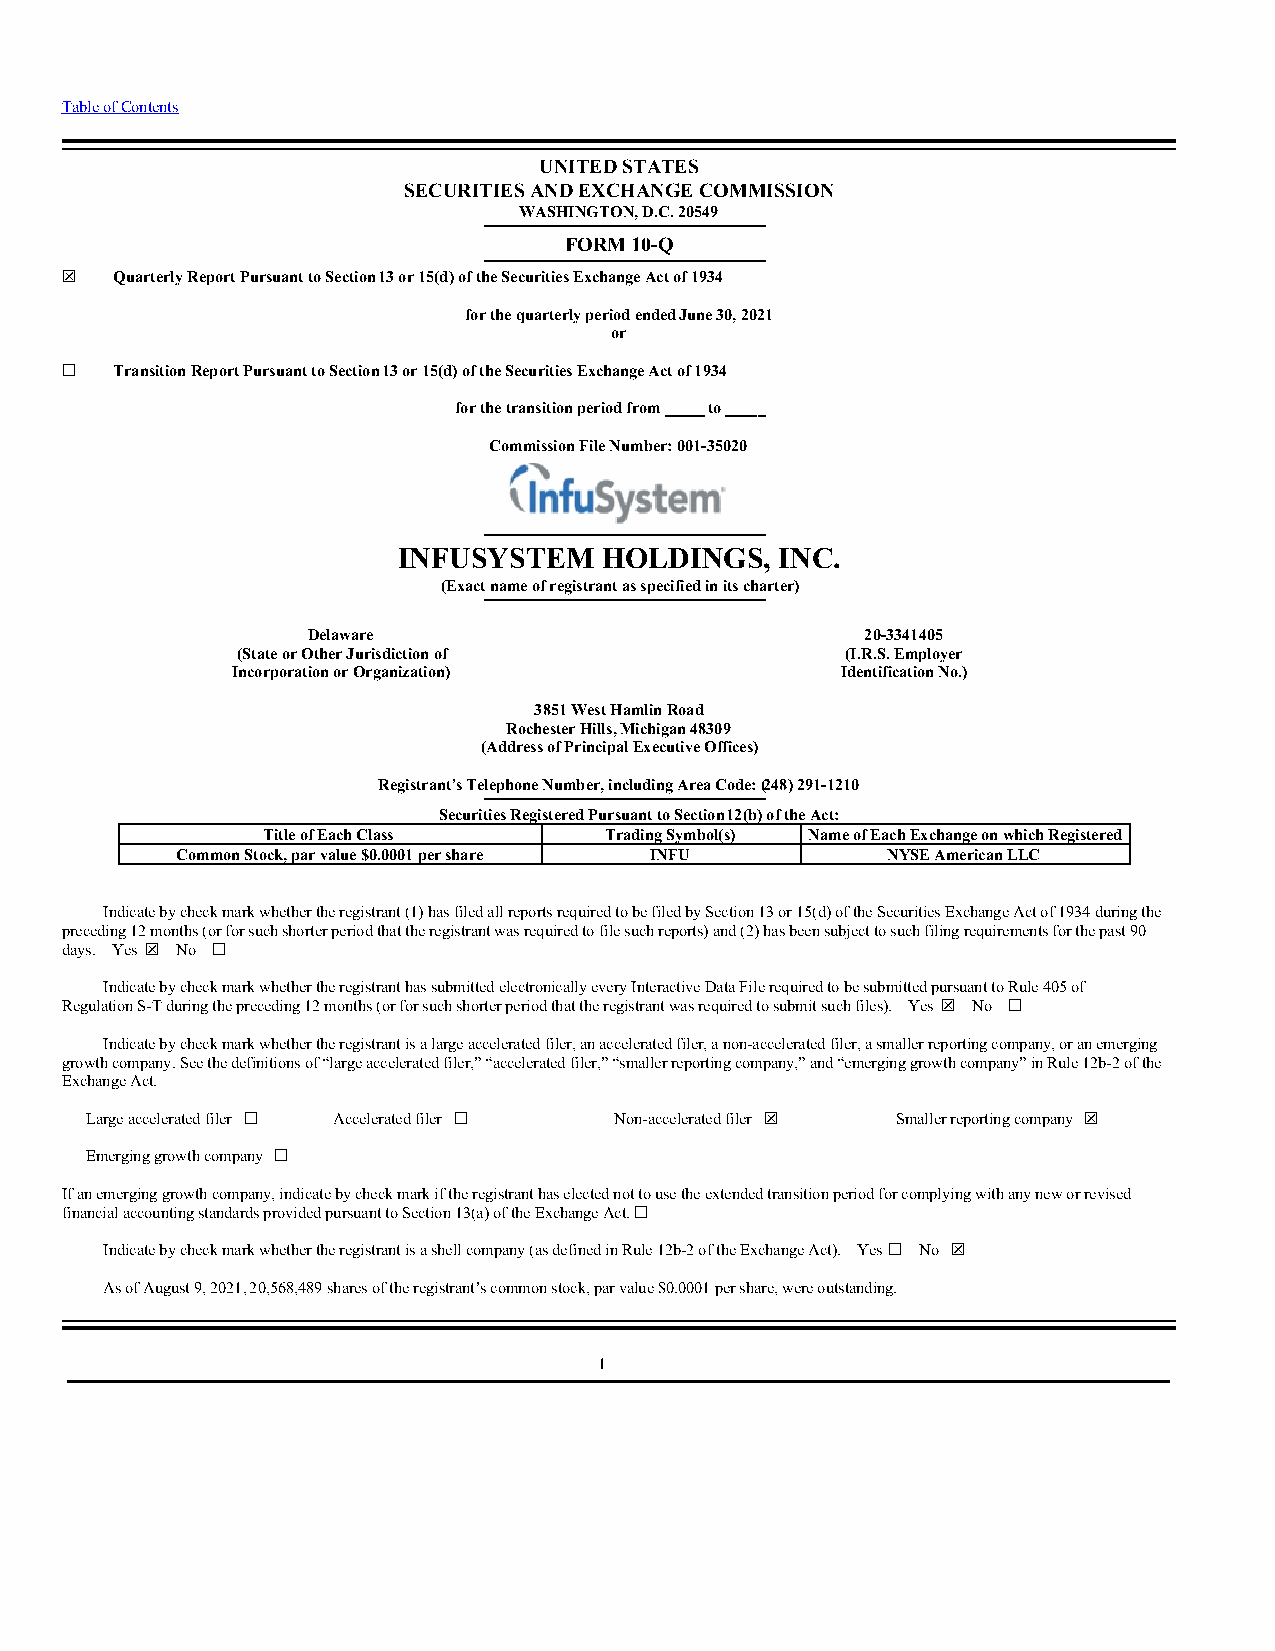
Table of Contents
 UNITED STATES
 SECURITIES AND EXCHANGE COMMISSION
 WASHINGTON, D.C. 20549
 FORM 10-Q
 ☒   Quarterly Report Pursuant to Section 13 or 15(d) of the Securities Exchange Act of 1934
 for the quarterly period ended June 30, 2021
 or
 ☐   Transition Report Pursuant to Section 13 or 15(d) of the Securities Exchange Act of 1934
 for the transition period from _____ to _____
 Commission File Number: 001-35020
 INFUSYSTEM    HOLDINGS,   INC.
 (Exact name of registrant as specified in its charter)
 Delaware                             20-3341405
 (State or Other Jurisdiction of         (I.R.S. Employer
 Incorporation or Organization)           Identification No.)
 3851 West Hamlin Road
 Rochester Hills, Michigan 48309
 (Address of Principal Executive Offices)
 Registrant’s Telephone Number, including Area Code: (248) 291-1210
 Securities Registered Pursuant to Section 12(b) of the Act:
 Title of Each Class    Trading Symbol(s) Name of Each Exchange on which Registered
 Common Stock, par value $0.0001 per share INFU NYSE American LLC
 Indicate by check mark whether the registrant (1) has filed all reports required to be filed by Section 13 or 15(d) of the Securities Exchange Act of 1934 during the
 preceding 12 months (or for such shorter period that the registrant was required to file such reports) and (2) has been subject to such filing requirements for the past 90
 days. Yes ☒ No ☐
 Indicate by check mark whether the registrant has submitted electronically every Interactive Data File required to be submitted pursuant to Rule 405 of
 Regulation S-T during the preceding 12 months (or for such shorter period that the registrant was required to submit such files). Yes ☒ No ☐
 Indicate by check mark whether the registrant is a large accelerated filer, an accelerated filer, a non-accelerated filer, a smaller reporting company, or an emerging
 growth company. See the definitions of “large accelerated filer,” “accelerated filer,” “smaller reporting company,” and “emerging growth company” in Rule 12b-2 of the
 Exchange Act.
 Large accelerated filer ☐ Accelerated filer ☐ Non-accelerated filer ☒ Smaller reporting company ☒
 Emerging growth company ☐
 If an emerging growth company, indicate by check mark if the registrant has elected not to use the extended transition period for complying with any new or revised
 financial accounting standards provided pursuant to Section 13(a) of the Exchange Act. ☐
 Indicate by check mark whether the registrant is a shell company (as defined in Rule 12b-2 of the Exchange Act). Yes ☐ No ☒
 As of August 9, 2021, 20,568,489 shares of the registrant’s common stock, par value $0.0001 per share, were outstanding.
 1